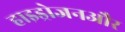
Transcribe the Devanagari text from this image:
हाइड्रोजनऔर